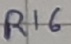
Text: R16